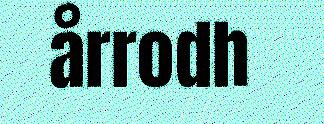
årrodh